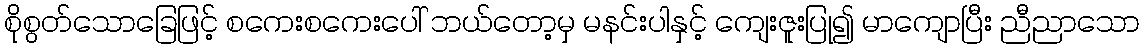
စိုစွတ်သောခြေဖြင့် စကေးစကေးပေါ် ဘယ်တော့မှ မနင်းပါနှင့် ကျေးဇူးပြု၍ မာကျောပြီး ညီညာသော